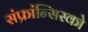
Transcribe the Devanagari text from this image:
संफ्रांन्सिस्को